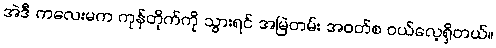
အဲဒီ ကလေးမက ကုန်တိုက်ကို သွားရင် အမြဲတမ်း အဝတ်စ ဝယ်လေ့ရှိတယ်။